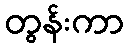
တွန်းကာ